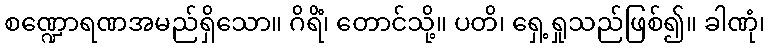
စဏ္ဍောရဏအမည်ရှိသော။ ဂိရိံ၊ တောင်သို့။ ပတိ၊ ရှေ့ရှုသည်ဖြစ်၍။ ခါဏုံ၊